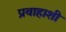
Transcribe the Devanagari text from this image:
प्रवाहाशी